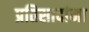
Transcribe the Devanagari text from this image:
प्रतिसादांना